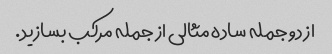
از دو جمله ساده مثالی از جمله مرکب بسازید.